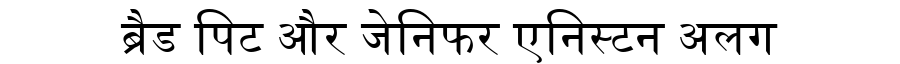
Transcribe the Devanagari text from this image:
ब्रैड पिट और जेनिफर एनिस्टन अलग